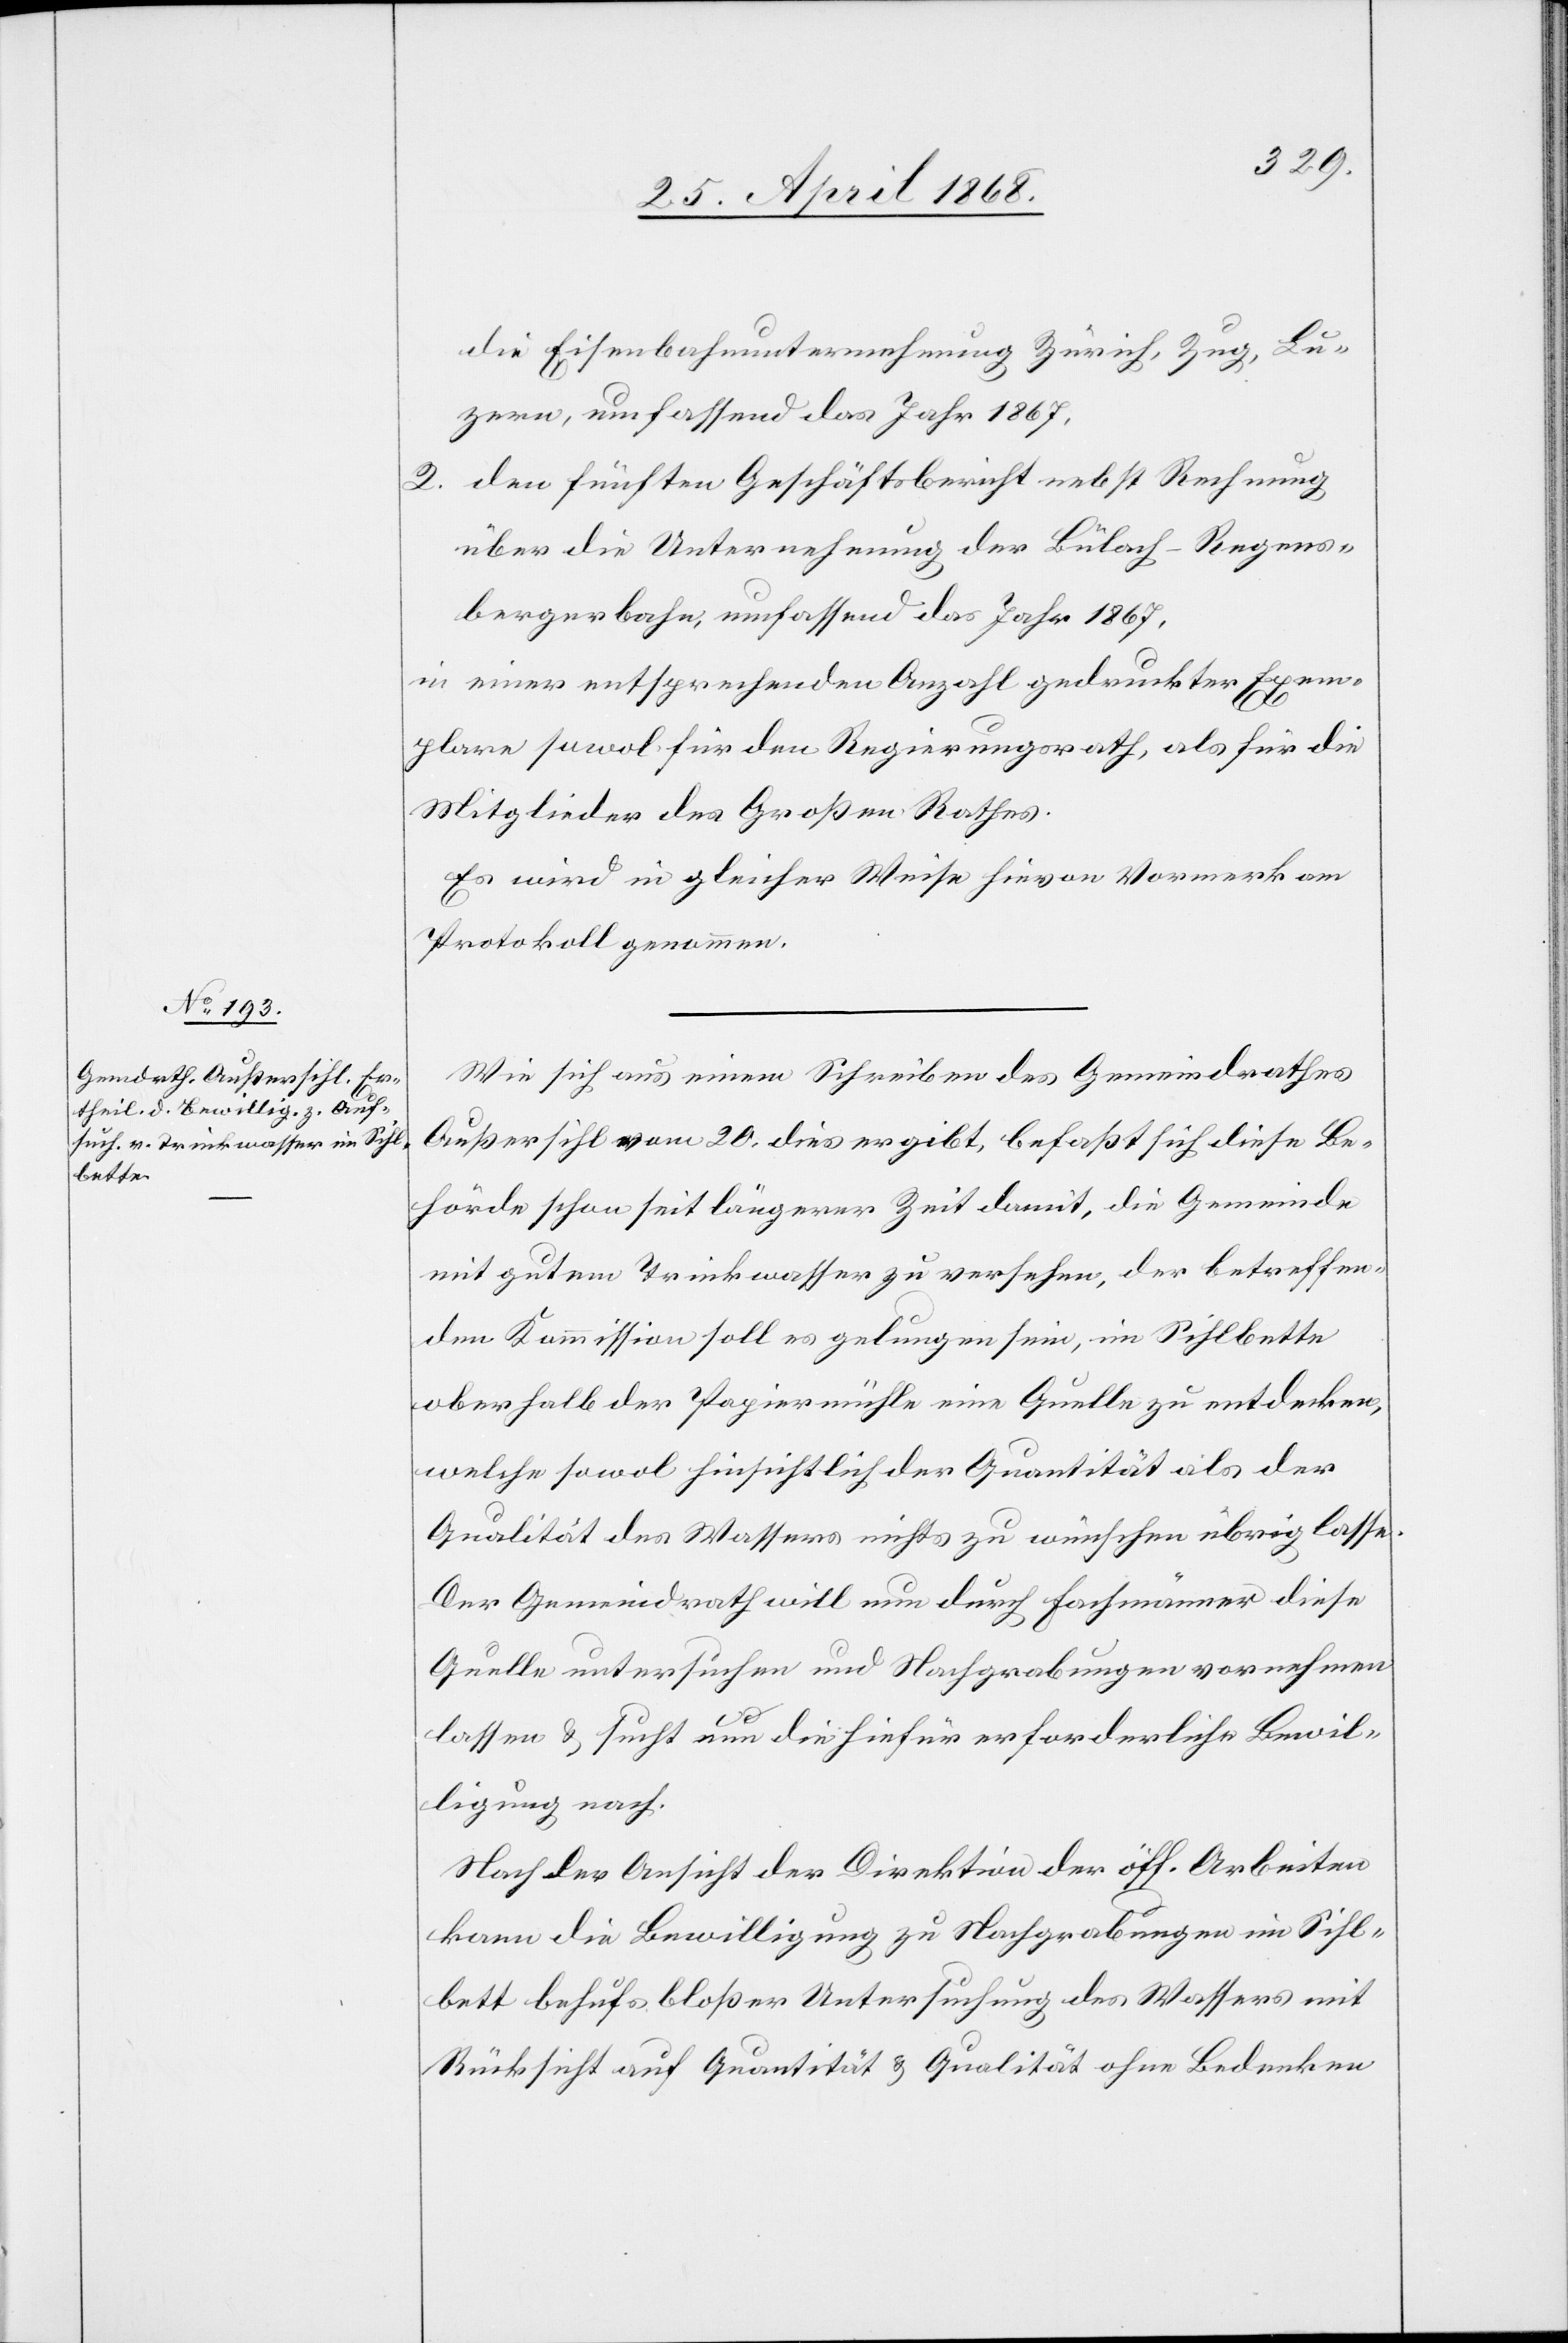
die Eisenbahnunternehmung Zürich, Zug, Lu¬
zern, umfassend das Jahr 1867,
den fünften Geschäftsbericht nebst Rechnung
über die Unternehmung der Bülach-Regens¬
bergerbahn, umfassend das Jahr 1867,
in einer entsprechenden Anzahl gedruckter Exem¬
plare sowol für den Regierungsrath, als für die
Mitglieder des Großen Rathes.
Es wird in gleicher Weise hievon Vormerk am
Protokoll genommen.
Wie sich aus einem Schreiben des Gemeindrathes
Außersihl vom 20. dies ergibt, befaßt sich diese Be¬
hörde schon seit längerer Zeit damit, die Gemeinde
mit gutem Trinkwasser zu versehen, der betreffen¬
den Kommission soll es gelungen sein, im Sihlbette
oberhalb der Papiermühle eine Quelle zu entdecken,
welche sowol hinsichtlich der Quantität als der
Qualität des Wassers nichts zu wünschen übrig lasse.
Der Gemeindrath will nun durch Fachmänner diese
Quelle untersuchen und Nachgrabungen vornehmen
lassen & sucht um die hiefür erforderliche Bewil¬
ligung nach.
Nach der Ansicht der Direktion der öff. Arbeiten
kann die Bewilligung zu Nachgrabungen im Sihl¬
bett behufs bloßer Untersuchung des Wassers mit
Rücksicht auf Quantität & Qualität ohne Bedenken